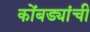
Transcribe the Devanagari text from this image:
कोंबड्यांची